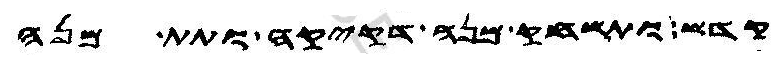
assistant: קדש ותשחק מנה דקיקה ותתן מנה